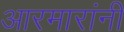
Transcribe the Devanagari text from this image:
आरमारांनी